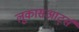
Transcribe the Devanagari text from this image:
लूकासआर्ट्स